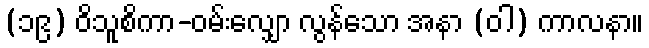
(၁၉) ဝိသူစိကာ-ဝမ်းလျှော လွန်သော အနာ (ဝါ) ကာလနာ။